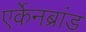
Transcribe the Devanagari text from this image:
एर्केनब्रांड